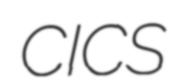
CICS